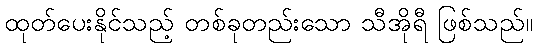
ထုတ်ပေးနိုင်သည့် တစ်ခုတည်းသော သီအိုရီ ဖြစ်သည်။